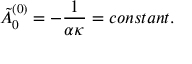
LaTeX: \tilde { A } _ { 0 } ^ { ( 0 ) } = - \frac { 1 } { \alpha \kappa } = c o n s t a n t .